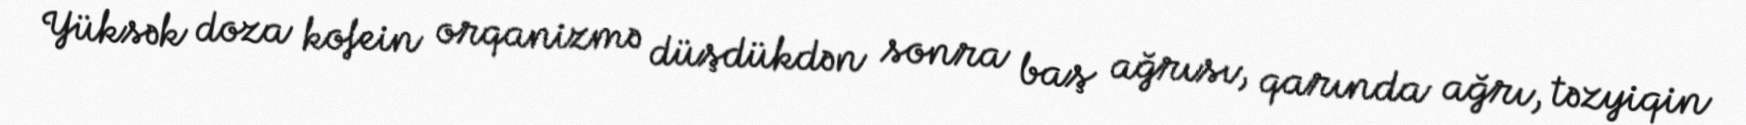
Yüksək doza kofein orqanizmə düşdükdən sonra baş ağrısı, qarında ağrı, təzyiqin